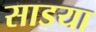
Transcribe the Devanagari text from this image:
साडया